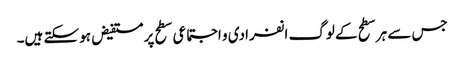
جس سے ہر سطح کے لوگ انفرادی و اجتماعی سطح پر مستفیض ہو سکتے ہیں۔